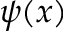
\psi ( x )